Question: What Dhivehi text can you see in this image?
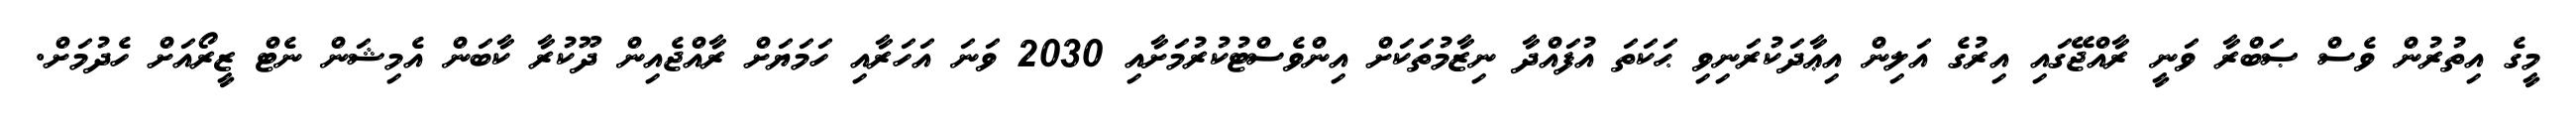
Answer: މީގެ އިތުރުން ވެސް ޞަބްރާ ވަނީ ރާއްޖޭގައި އިރުގެ އަލިން އިޢާދަކުރަނިވި ޙަކަތަ އުފައްދާ ނިޒާމުތަކަށް އިންވެސްޓުކުރުމަށާއި 2030 ވަނަ އަހަރާއި ހަމަޔަށް ރާއްޖެއިން ދޫކުރާ ކާބަން އެމިޝަން ނެޓް ޒީރޯއަށް ހެދުމަށް.